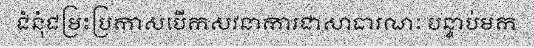
ជំនុំជម្រះប្រកាសបើកសវនាការជាសាធារណៈ បន្ទាប់មក